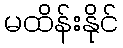
မထိန်းနိုင်